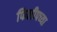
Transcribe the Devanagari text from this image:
फिलीपच्या